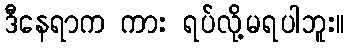
ဒီနေရာက ကား ရပ်လို့မရပါဘူး။